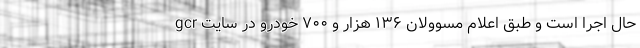
حال اجرا است و طبق اعلام مسوولان ۱۳۶ هزار و ۷۰۰ خودرو در سایت gcr